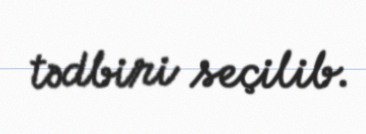
tədbiri seçilib.